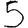
Digit: 5